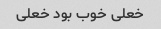
خعلی خوب بود خعلی